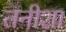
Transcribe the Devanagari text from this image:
तनीशा